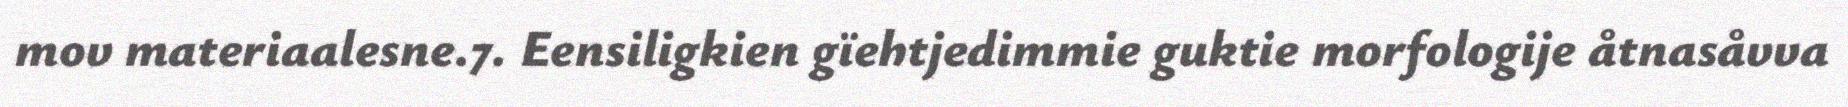
mov materiaalesne.7. Eensiligkien gïehtjedimmie guktie morfologije åtnasåvva